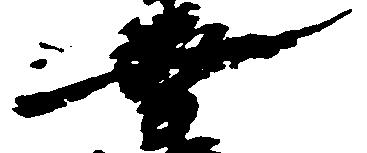
幸